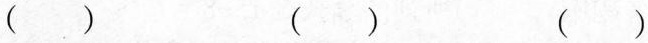
( ) ( ) ( )